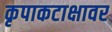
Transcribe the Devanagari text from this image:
कृपाकटाक्षावर